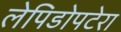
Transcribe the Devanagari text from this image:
लेपिडोपटेरा